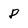
Character: 8